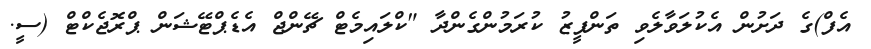
އެފް)ގެ ދަށުން އެކުލަވާލެވި ތަންފީޒު ކުރަމުންގެންދާ "ކްލައިމެޓް ޗޭންޖް އެޑެޕްޓޭޝަން ޕްރޮޖެކްޓް (ސީ.